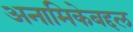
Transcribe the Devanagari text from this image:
अनामिकेबद्दल